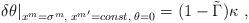
LaTeX: \begin{align*}\delta \theta| _{x^m=\sigma^m, \; x^{m'}=const, \; \theta=0} = (1-\tilde\Gamma) \kappa \ ,\end{align*}